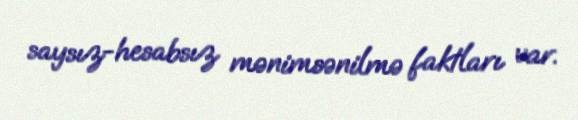
saysız-hesabsız mənimsənilmə faktları var.